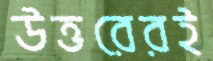
উত্তরেরই